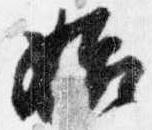
始